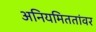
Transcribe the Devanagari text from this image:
अनियमिततांवर